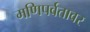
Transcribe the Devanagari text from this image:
मणिपर्वतावर